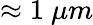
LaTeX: \approx 1~\mu m